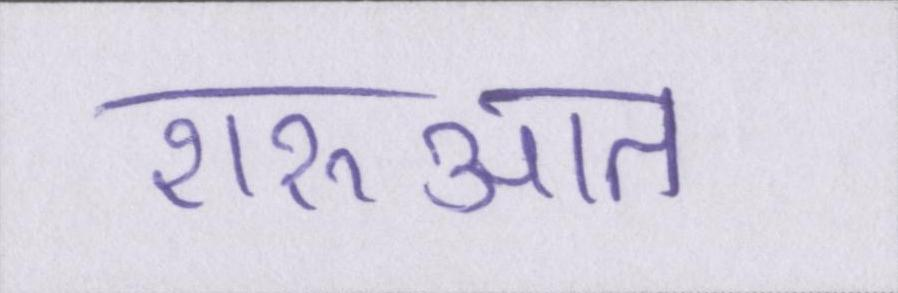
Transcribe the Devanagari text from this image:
शरुआत